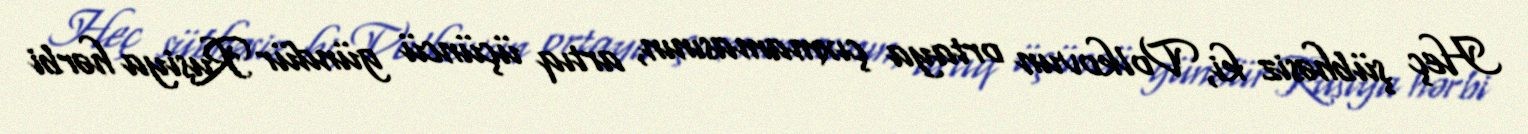
Heç şübhəsiz ki, Volkovun ortaya çıxmamasının, artıq üçüncü gündür Rusiya hərbi